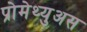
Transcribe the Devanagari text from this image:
प्रोमेथ्युअस